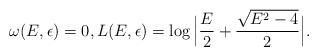
LaTeX: \begin{align*}\omega(E,\epsilon)=0, L(E,\epsilon) =\log \Big|\frac{E}{2}+\frac{\sqrt{E^{2}-4}}{2}\Big|.\end{align*}